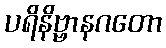
ပရိနိဗ္ဗာနဂတော